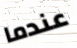
عندما